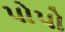
પોપો